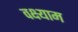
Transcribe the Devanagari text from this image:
वक्ष्याम